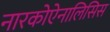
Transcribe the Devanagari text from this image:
नारकोऐनालिसिस